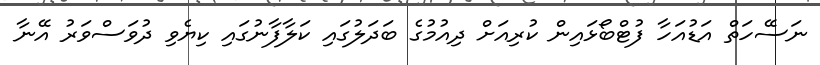
ނަސޭހަތް އަޑުއަހާ ފުޓްބޯޅައިން ކުރިއަށް ދިއުމުގެ ބަދަލުގައި ކަލާފާނުގައި ކިޔެވި ދުވަސްވަރު އޭނާ